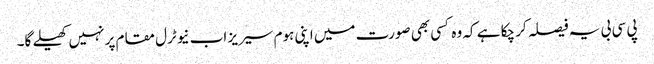
پی سی بی یہ فیصلہ کر چکا ہے کہ وہ کسی بھی صورت میں اپنی ہوم سیریز اب نیوٹرل مقام پر نہیں کھیلے گا۔